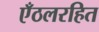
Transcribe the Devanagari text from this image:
एँठलरहित